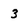
Character: 3